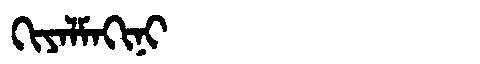
Manchu: ᡴᡳᠶᠠᠯᠮᠠᡴᡳᠨᡳ
Romanization: KIYALMAKINI